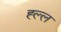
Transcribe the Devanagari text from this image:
ह्ल्ल